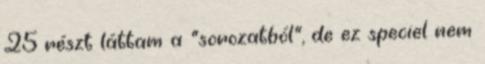
25 részt láttam a "sorozatból", de ez speciel nem